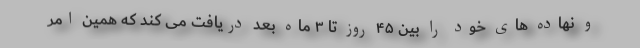
و نهاده های خود را بین ۴۵ روز تا ۳ ماه بعد دریافت می کند که همین امر